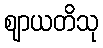
ဈာယတိသု